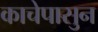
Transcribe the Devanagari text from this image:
काचेपासुन